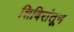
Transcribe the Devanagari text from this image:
शिबिरांतून